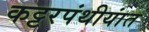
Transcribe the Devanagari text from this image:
कट्टरपंथीयांत